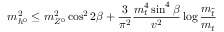
m _ { h ^ { 0 } } ^ { 2 } \leq m _ { Z ^ { 0 } } ^ { 2 } \cos ^ { 2 } 2 \beta + { \frac { 3 } { \pi ^ { 2 } } } { \frac { m _ { t } ^ { 4 } \sin ^ { 4 } \beta } { v ^ { 2 } } } \log { \frac { m _ { \tilde { t } } } { m _ { t } } }